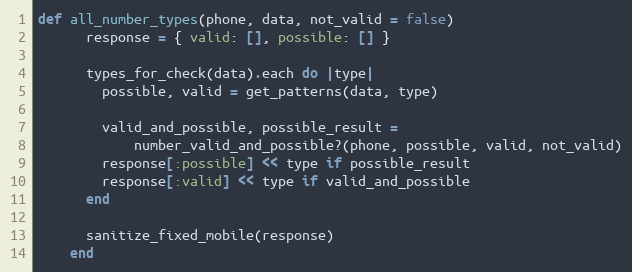
Language: Ruby
def all_number_types(phone, data, not_valid = false)
      response = { valid: [], possible: [] }

      types_for_check(data).each do |type|
        possible, valid = get_patterns(data, type)

        valid_and_possible, possible_result =
            number_valid_and_possible?(phone, possible, valid, not_valid)
        response[:possible] << type if possible_result
        response[:valid] << type if valid_and_possible
      end

      sanitize_fixed_mobile(response)
    end